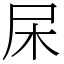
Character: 杘